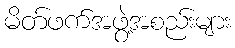
မိတ်ဖက်အဖွဲ့အစည်းများ